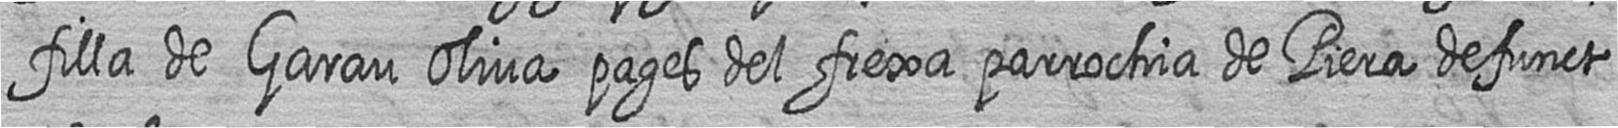
filla de Garau Oliva pages del frexa parrochia de Piera defunct